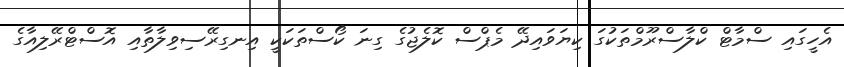
އެހީގައި ސްމާޓް ކްލާސްރޫމްތަކުގަ ކިޔަވައިދޭ މެޕްސް ކޮލެޖުގެ ގިނަ ކޯސްތަކަކީ އިނގިރޭސިވިލާތާއި އޮސްޓްރޭލިއާގެ